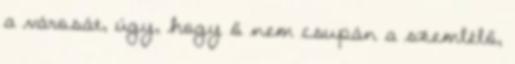
a városát, úgy, hogy ő nem csupán a szemlélő,